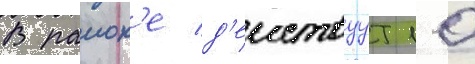
В раион'е д'еиствуут 10